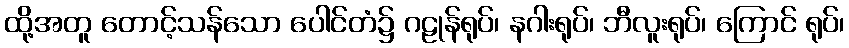
ထို့အတူ တောင့်သန်သော ပေါင်တံ၌ ဂဠုန်ရုပ်၊ နဂါးရုပ်၊ ဘီလူးရုပ်၊ ကြောင် ရုပ်၊